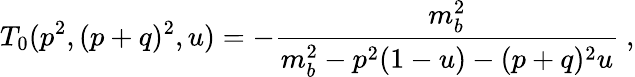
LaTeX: T_{0}(p^{2},(p+q)^{2},u)=-\frac{m_{b}^{2}}{m_{b}^{2}-p^{2}(1-u)-(p+q)^{2}u}~,